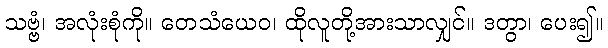
သဗ္ဗံ၊ အလုံးစုံကို။ တေသံယေဝ၊ ထိုလူတို့အားသာလျှင်။ ဒတွာ၊ ပေး၍။